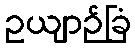
ဥယျာဉ်ခြံ